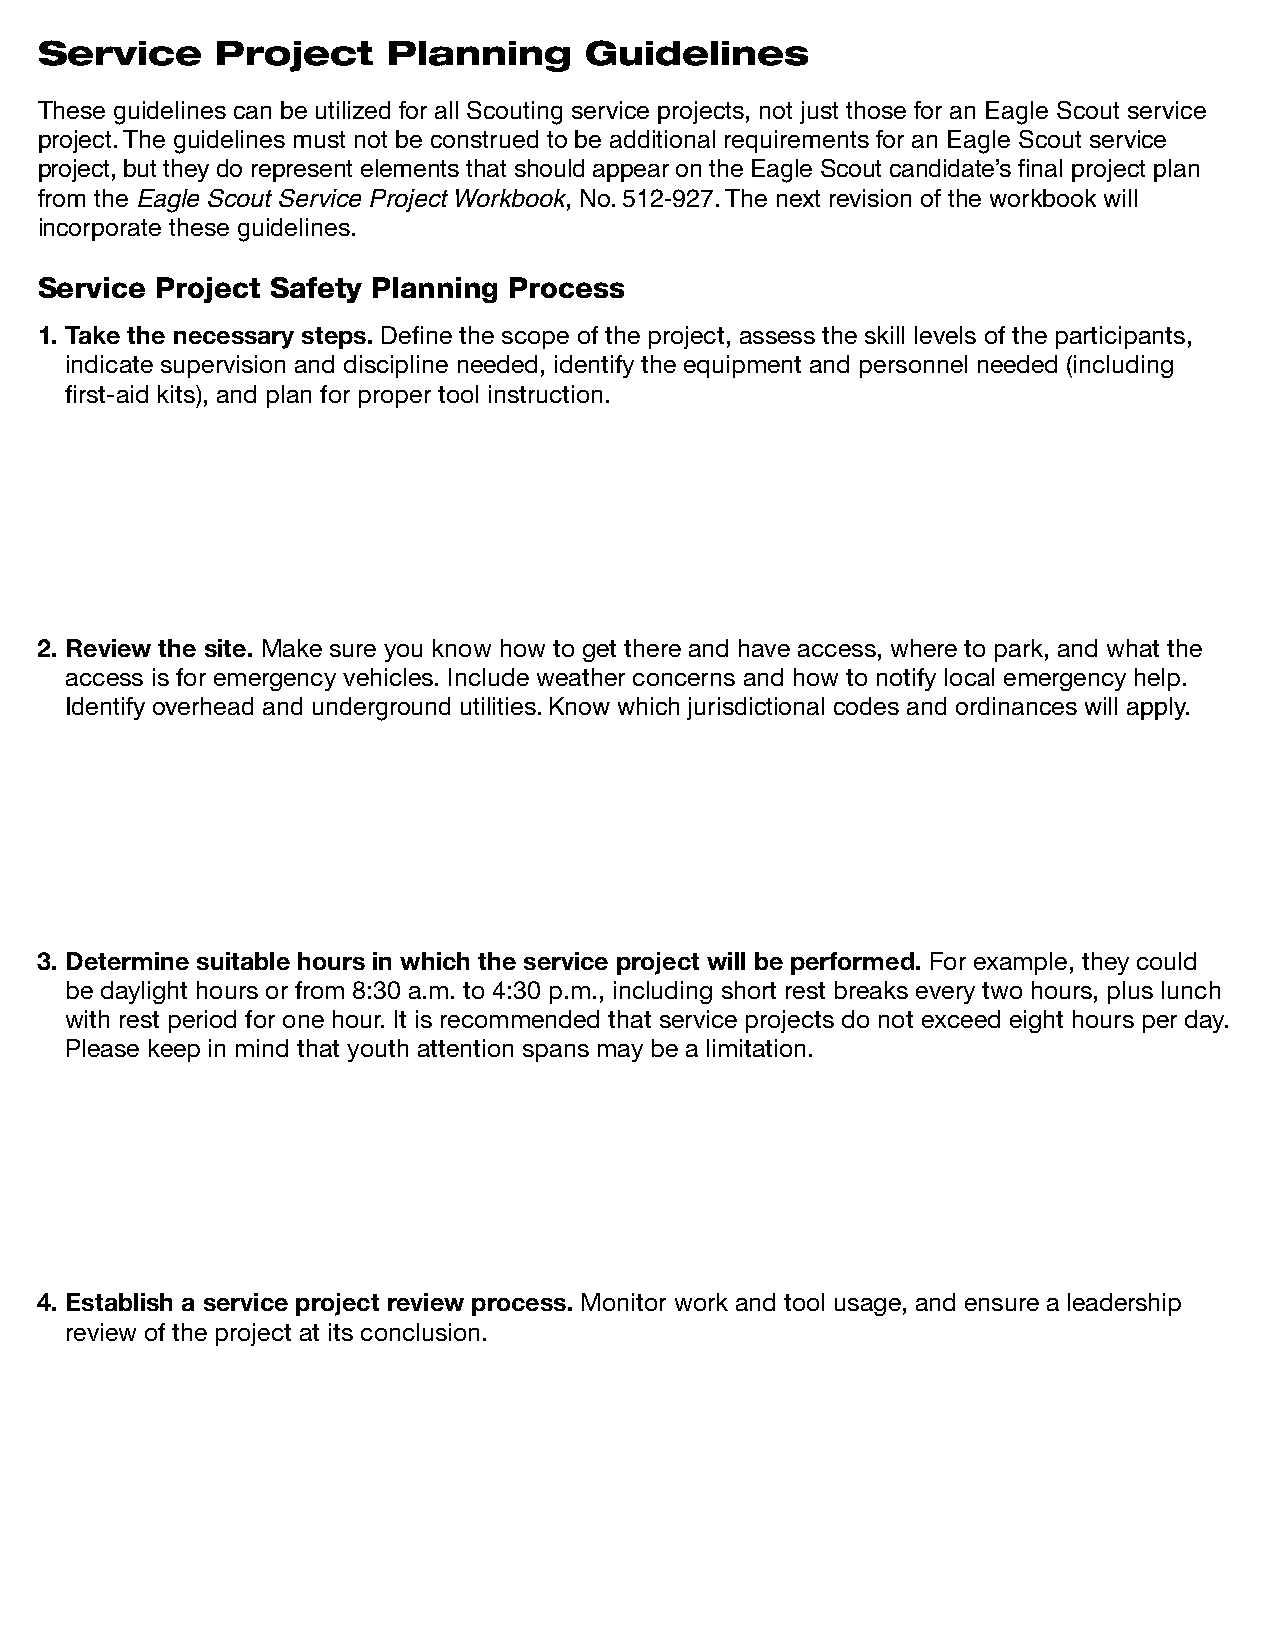
Service     Project     Planning     Guidelines
 These guidelines can be utilized for all Scouting service projects, not just those for an Eagle Scout service
 project. The guidelines must not be construed to be additional requirements for an Eagle Scout service
 project, but they do represent elements that should appear on the Eagle Scout candidate’s final project plan
 from the Eagle Scout Service Project Workbook, No. 512-927. The next revision of the workbook will
 incorporate these guidelines.
 Service Project Safety Planning Process
 1. Take the necessary steps. Define the scope of the project, assess the skill levels of the participants,
 indicate supervision and discipline needed, identify the equipment and personnel needed (including
 first-aid kits), and plan for proper tool instruction.
 2. Review the site. Make sure you know how to get there and have access, where to park, and what the
 access is for emergency vehicles. Include weather concerns and how to notify local emergency help.
 Identify overhead and underground utilities. Know which jurisdictional codes and ordinances will apply.
 3. Determine suitable hours in which the service project will be performed. For example, they could
 be daylight hours or from 8:30 a.m. to 4:30 p.m., including short rest breaks every two hours, plus lunch
 with rest period for one hour. It is recommended that service projects do not exceed eight hours per day.
 Please keep in mind that youth attention spans may be a limitation.
 4. Establish a service project review process. Monitor work and tool usage, and ensure a leadership
 review of the project at its conclusion.